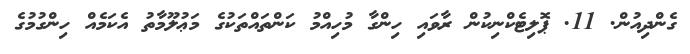
ގެންދިއުން. 11. ޕޮލިޓެކްނިކުން ރާވައި ހިންގާ މުހިއްމު ކަންތައްތަކުގެ މަޢުލޫމާތު އެކަމެއް ހިންގުމުގެ